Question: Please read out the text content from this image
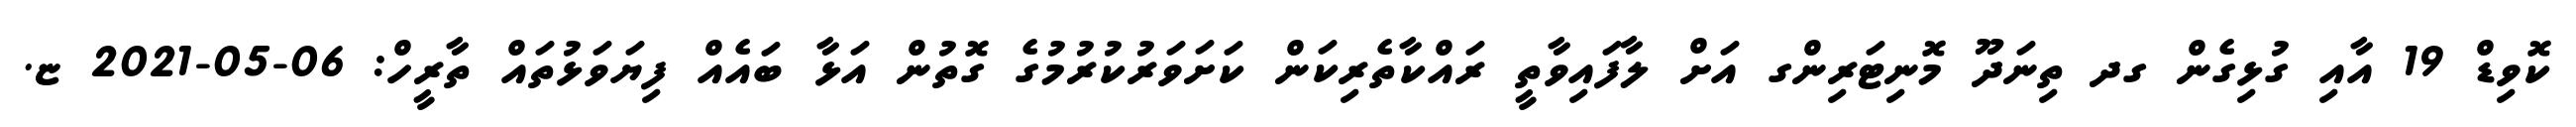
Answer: ކޮވިޑް 19 އާއި ގުޅިގެން ގދ ތިނަދޫ މޮނިޓަރިންގ އަށް ލާފައިވާތީ ރައްކާތެރިކަން ކަށަވަރުކުރުމުގެ ގޮތުން އަޅާ ބައެއް ފިޔަވަޅުތައް ތާރީހް: 06-05-2021 ޏ.